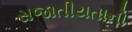
સજાતીયતાનો